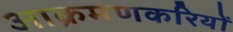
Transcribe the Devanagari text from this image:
आक्रमणकरियों